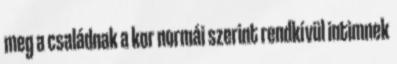
meg a családnak a kor normái szerint rendkívül intimnek